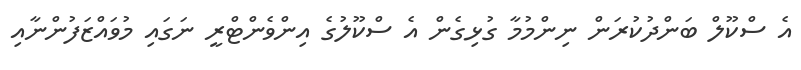
އެ ސްކޫލް ބަންދުކުރަން ނިންމުމާ ގުޅިގެން އެ ސްކޫލުގެ އިންވެންޓްރީ ނަގައި މުވައްޒަފުންނާއި